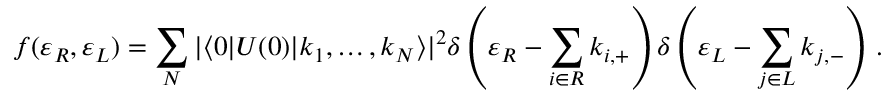
f ( \varepsilon _ { R } , \varepsilon _ { L } ) = \sum _ { N } | \langle 0 | U ( 0 ) | k _ { 1 } , \dots , k _ { N } \rangle | ^ { 2 } \delta \left( \varepsilon _ { R } - \sum _ { i \in R } k _ { i , + } \right) \delta \left( \varepsilon _ { L } - \sum _ { j \in L } k _ { j , - } \right) \, .